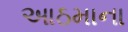
આઠમાના